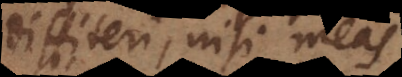
diffiteri, nisi meas